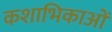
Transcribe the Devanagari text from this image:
कशाभिकाओं